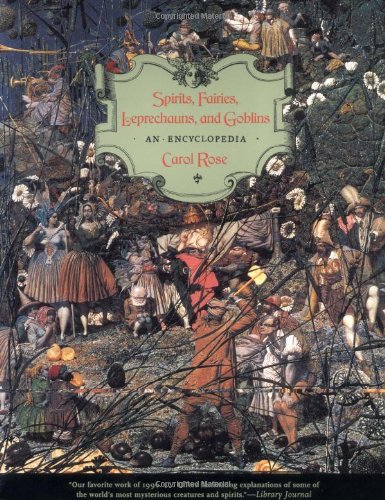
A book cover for Spirits, Fairies, Leprechauns, and Goblins: An Encyclopedia; Carol Rose; Reference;